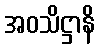
အဝသိဋ္ဌာနိ